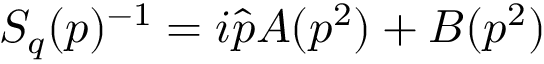
S _ { q } ( p ) ^ { - 1 } = i \hat { p } A ( p ^ { 2 } ) + B ( p ^ { 2 } )